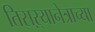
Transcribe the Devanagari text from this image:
तिसऱ्यानेत्राच्या